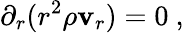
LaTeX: \partial_{r}(r^{2}\rho\mathbf{v}_{r})=0\ ,